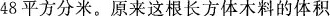
48平方分米。原来这根长方体木料的体积